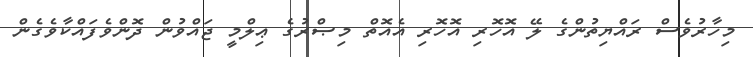
މިހާރުވެސް ރައްޔިތުންގެ ލޭ އޮހޮރި އޮހޮރި އެއޮތް މިޞްރުގެ ޢިލްމީ ޖައްވުން ދޮންވެފައްކާވެގެން